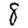
Digit: 8